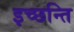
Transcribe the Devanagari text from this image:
इच्छन्ति